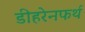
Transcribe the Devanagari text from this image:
डीहरेनफर्थ